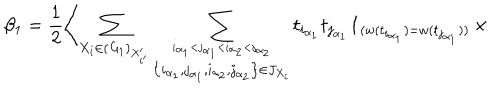
LaTeX: \beta _ { 1 } = \frac { 1 } { 2 } \left\langle \sum _ { X _ { i } \in ( { \it G } _ { 1 } ) _ { X _ { i ^ { \prime } } ^ { \prime } } } \sum _ { \stackrel { i _ { \alpha _ { 1 } } < j _ { \alpha _ { 1 } } < i _ { \alpha _ { 2 } } < j _ { \alpha _ { 2 } } } { \left\{ i _ { \alpha _ { 1 } } , j _ { \alpha _ { 1 } } , i _ { \alpha _ { 2 } } , j _ { \alpha _ { 2 } } \right\} \in J _ { X _ { i } } } } t _ { i _ { \alpha _ { 1 } } } t _ { j _ { \alpha _ { 1 } } } { \bf 1 } _ { ( w ( t _ { i _ { \alpha _ { 1 } } } ) = w ( t _ { j _ { \alpha _ { 1 } } } ) ) } \right. \times